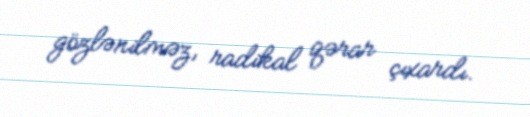
gözlənilməz, radikal qərar çıxardı.